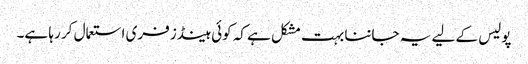
پولیس کے لیے یہ جاننا بہت مشکل ہے کہ کوئی ہینڈز فری استعمال کر رہا ہے۔